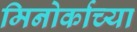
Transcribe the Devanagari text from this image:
मिनोर्काच्या